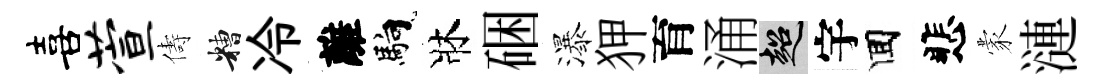
喜萱儔糟冷離馿牀硱瀑狎育涌超宇囬悲蒙漣